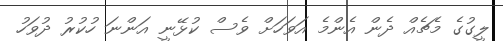
ލީގުގެ މެޗެއް ދެން އެންމެ އަވަހަށް ވެސް ކުޅޭނީ އަންނަ ހުކުރު ދުވަހު